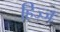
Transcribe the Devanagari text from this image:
हिज्ज